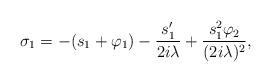
LaTeX: \begin{align*}\sigma_1=-(s_1+\varphi_1)-\frac{s_1'}{2 i\lambda}+\frac{s_1^2\varphi_2}{(2 i\lambda)^2},\end{align*}